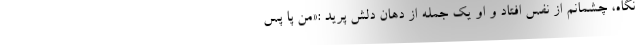
نگاه، چشمانم از نفس افتاد و او یک جمله از دهان دلش پرید :«من پا پس